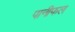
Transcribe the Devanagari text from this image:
पानीफल